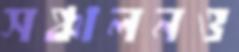
সঞ্চালনও